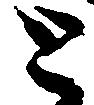
と